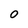
Character: O